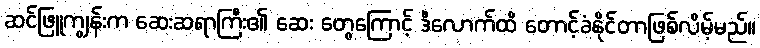
ဆင်ဖြူကျွန်းက ဆေးဆရာကြီး၏ ဆေး တွေကြောင့် ဒီလောက်ထိ တောင့်ခံနိုင်တာဖြစ်လိမ့်မည်။